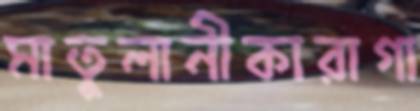
মাতুলানীকারাগা